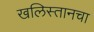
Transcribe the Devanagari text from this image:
खलिस्तानचा